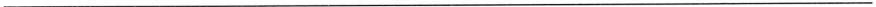
___